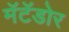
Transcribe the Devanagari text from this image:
मॅटॅडोर